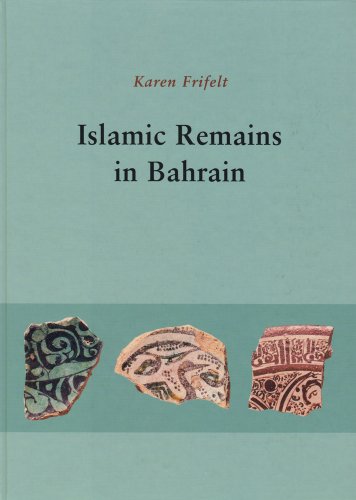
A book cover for Islamic Remains in Bahrain (JUTLAND ARCH SOCIETY); Pernille Bangsgaard; History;